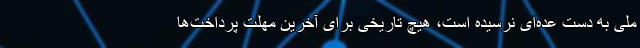
ملی به دست عده‌ای نرسیده‌ است، هیچ تاریخی برای آخرین مهلت پرداخت‌ها